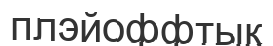
плэйоффтық